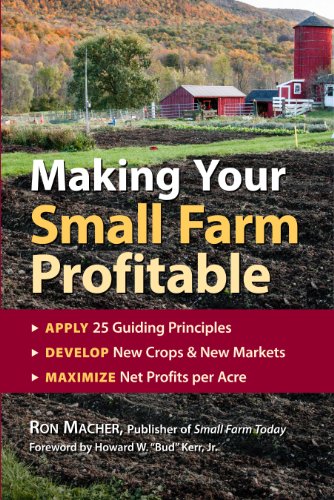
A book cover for Making Your Small Farm Profitable: Apply 25 Guiding Principles/Develop New Crops & New Markets/Maximize Net Profits Per Acre; Ron Macher; Science & Math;